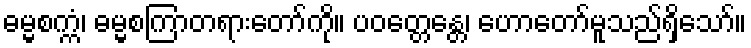
ဓမ္မစက္ကံ၊ ဓမ္မစကြာတရားတော်ကို။ ပဝတ္တေန္တေ၊ ဟောတော်မူသည်ရှိသော်။